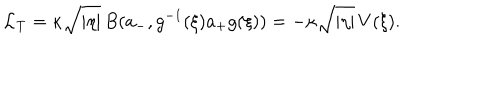
LaTeX: \mathcal L _ { \mathrm T } = \kappa \sqrt { | \eta | } \, B ( a _ { - } , g ^ { - 1 } ( \xi ) a _ { + } g ( \xi ) ) = - \kappa \sqrt { | \eta | } \, V ( \xi ) .